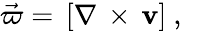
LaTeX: \begin{array}{r}{\vec{\mathbf{\varpi}}=\, [\nabla\, \times\, \mathbf{v}]\ ,\ \ }\end{array}